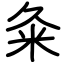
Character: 粂